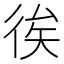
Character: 𢓪